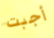
أجبت